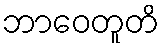
ဘာဝေတူတိ